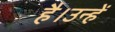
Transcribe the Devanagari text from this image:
है।उन्हें